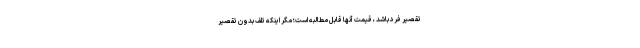
تقصیر فرد باشد ، قیمت آنها قابل مطالبه است؛ مگر اینکه تلف بدون تقصیر